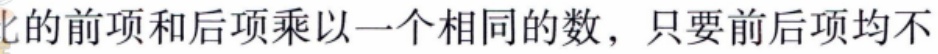
比的前项和后项乘以一个相同的数，只要前后项均不